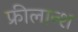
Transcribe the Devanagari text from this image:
फ्रीलान्श